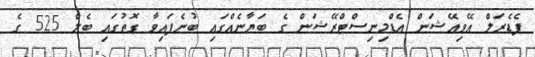
ފެޑެރަލް އޭވިއޭޝަން އެޑްމިނިސްޓްރޭޝަން ގެ ބަޔާނެއްގައި ބުނެފައިވާ ގޮތުގައި ބެލް 525 ގެ